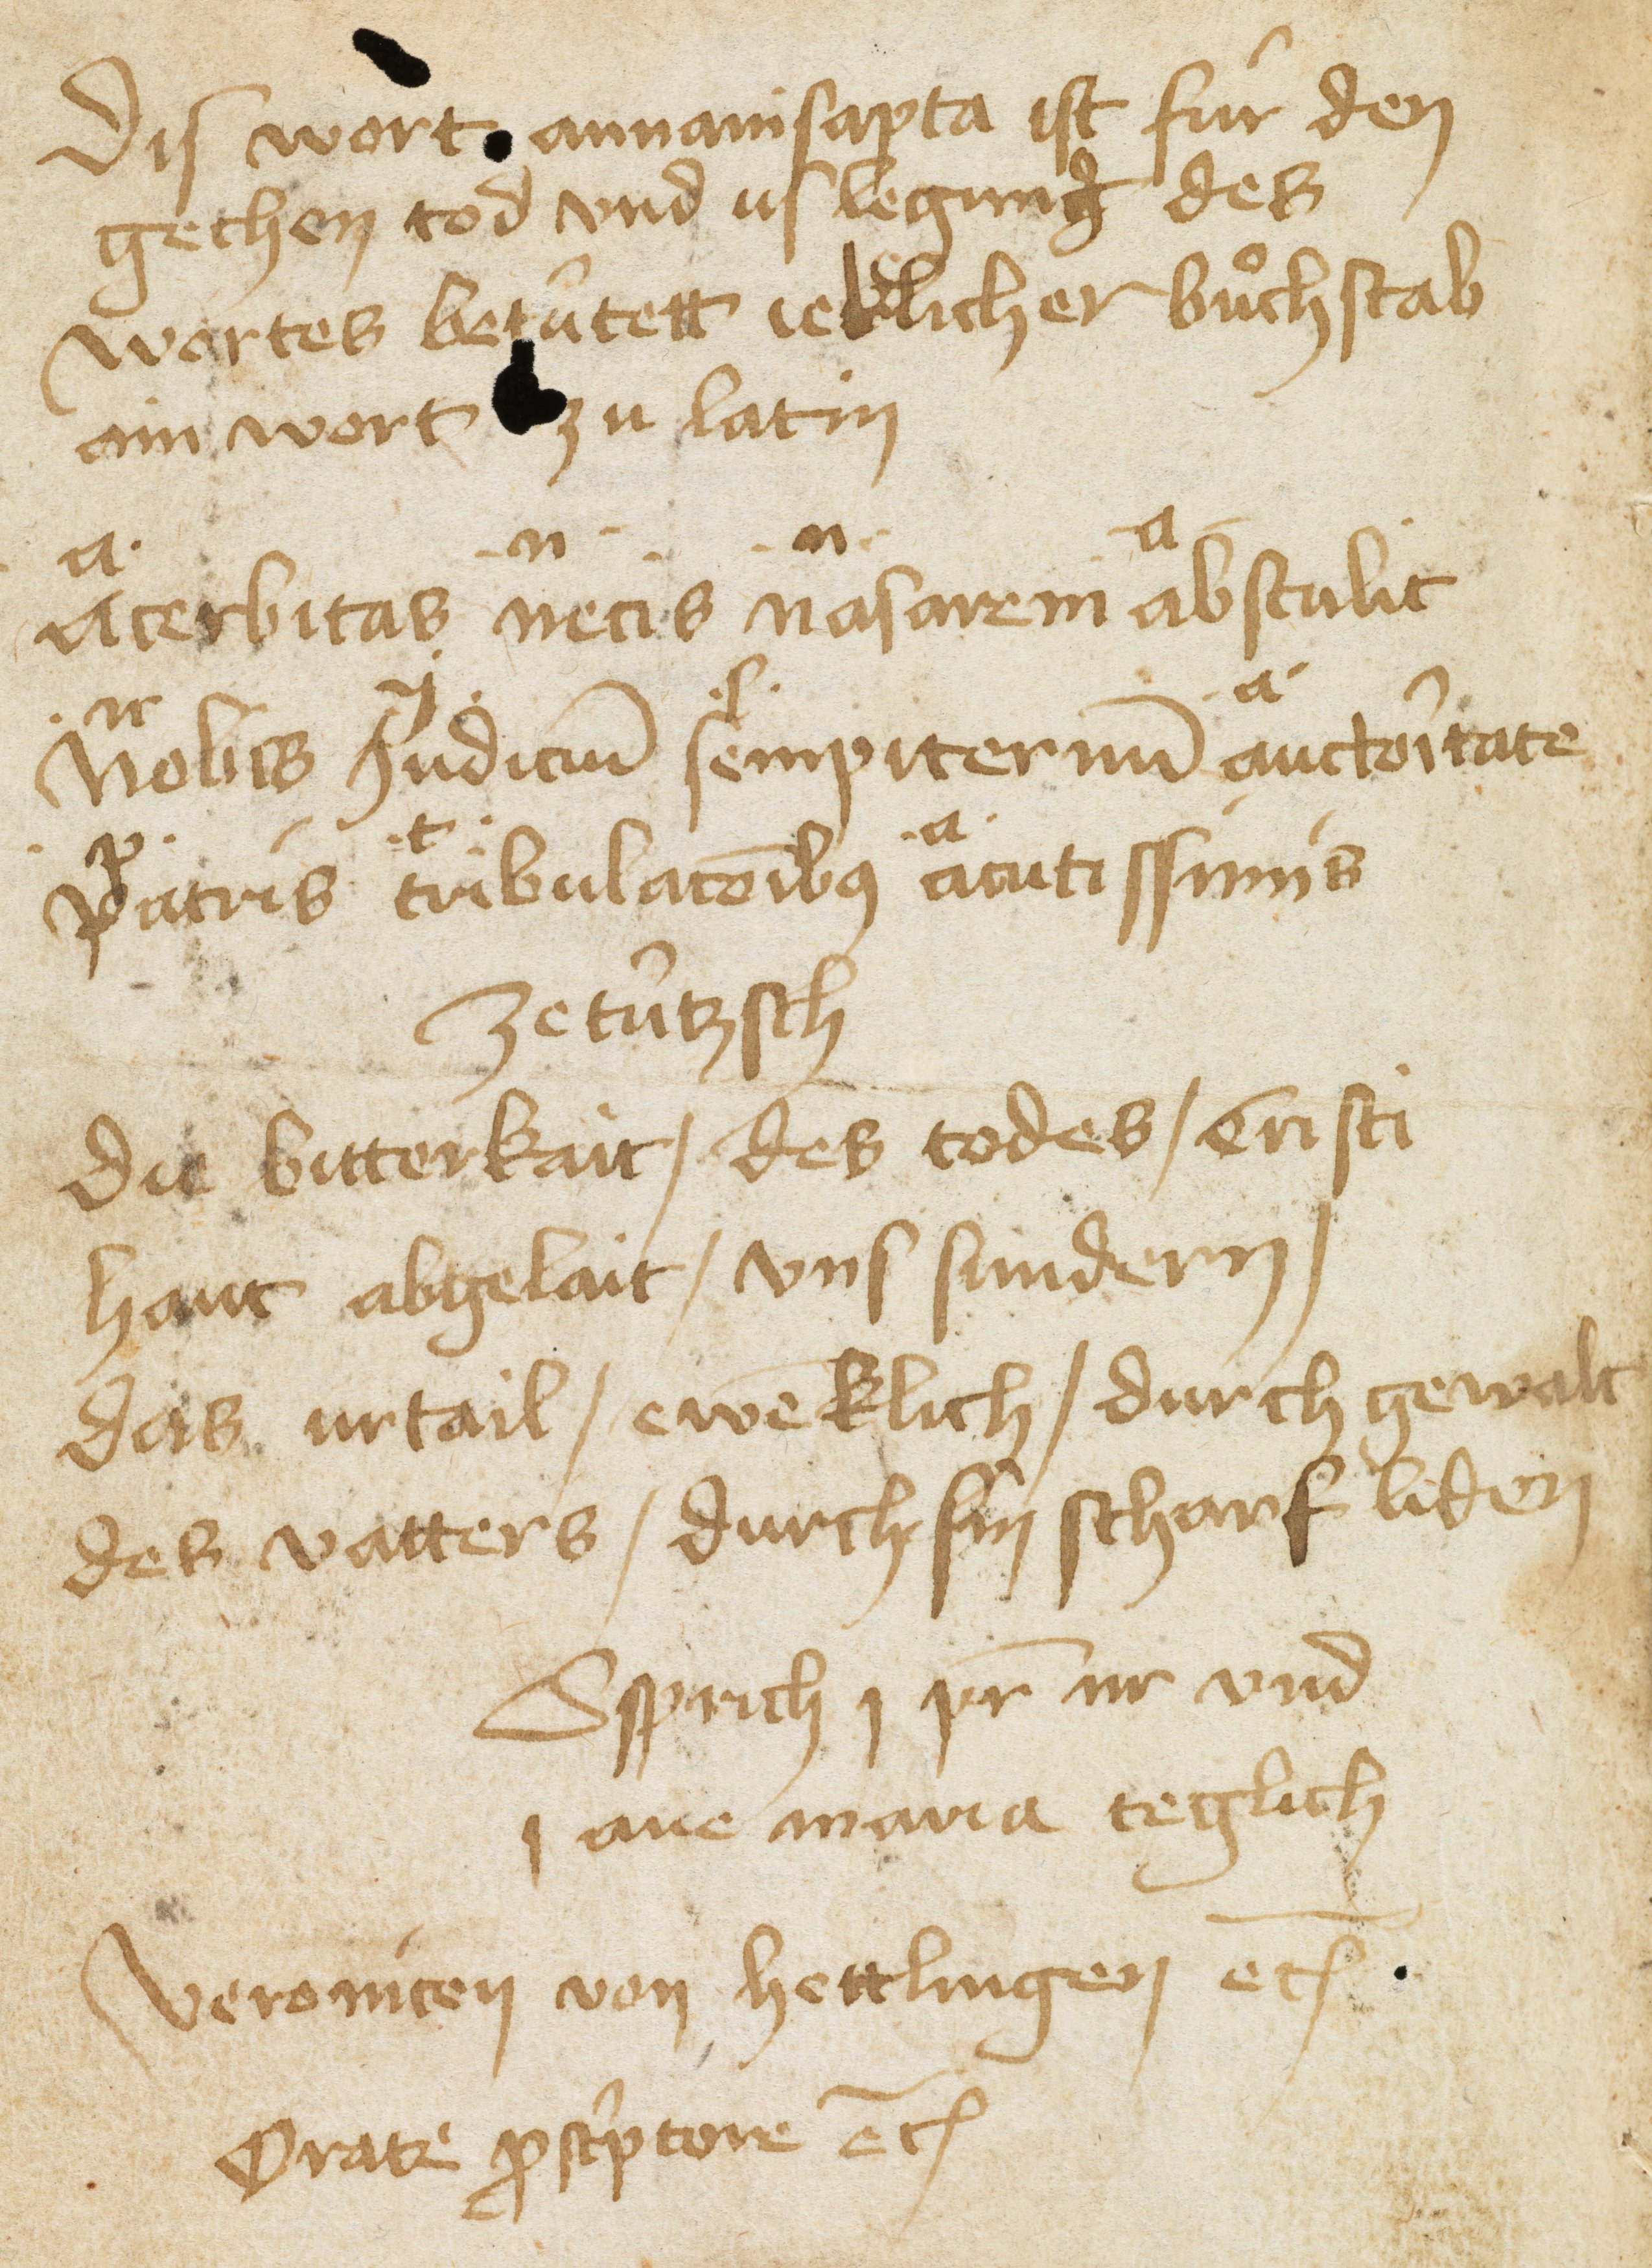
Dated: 1466–1466